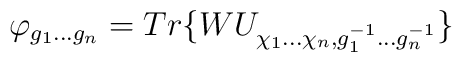
\varphi_{g_1 ... g_n} = Tr \{ W  U_{\chi_1 ... \chi_n,g_1^{-1} ... g_n^{-1}} \}